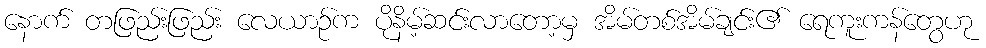
နောက် တဖြည်းဖြည်း လေယာဉ်က ပိုနိမ့်ဆင်းလာတော့မှ အိမ်တစ်အိမ်ချင်း၏ ရေကူးကန်တွေဟု